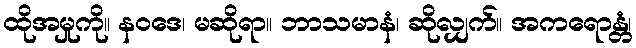
ထိုအမှုကို။ နဝဒေ၊ မဆိုရာ။ ဘာသမာနံ၊ ဆိုလျှက်။ အကရောန္တံ၊